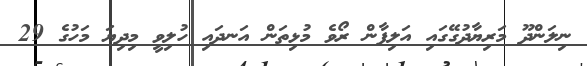
ނިލަންދޫ މަރިޔާދުގޭގައި އަލިފާން ރޯވެ މުޅިތަން އަނދައި ހުލިވީ މިދިޔަ މަހުގެ 29